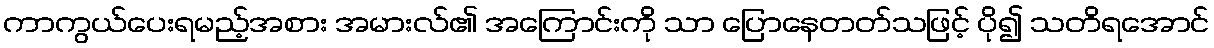
ကာကွယ်ပေးရမည့်အစား အမားလ်၏ အကြောင်းကို သာ ပြောနေတတ်သဖြင့် ပို၍ သတိရအောင်